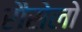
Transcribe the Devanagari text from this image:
रौसेलो